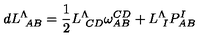
d L _ { \ A B } ^ { \Lambda } = { \frac { 1 } { 2 } } L _ { \ C D } ^ { \Lambda } \omega _ { A B } ^ { C D } + L _ { \ I } ^ { \Lambda } P _ { A B } ^ { I }